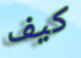
كيف